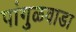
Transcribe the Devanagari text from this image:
पांगुळवाडा